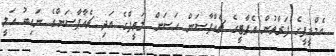
އެމްޑީޕީގެ ފަރާތުން އެޕާޓީގެ ޗެއާޕާސަން ހަސަން ލަތީފްގެ އަދި ޗެއާޕާސަންގެ ނައިބު އަލީ